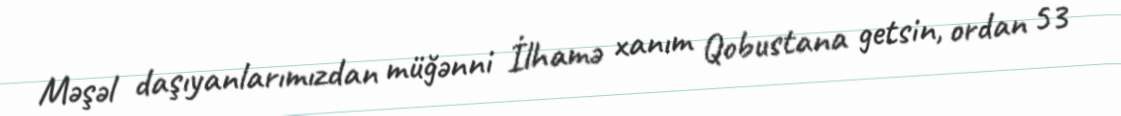
Məşəl daşıyanlarımızdan müğənni İlhamə xanım Qobustana getsin, ordan 53